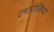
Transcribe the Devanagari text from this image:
टमारोक्कियो